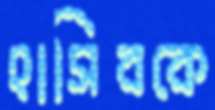
হাসিবকে